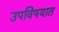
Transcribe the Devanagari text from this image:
उपविषयात